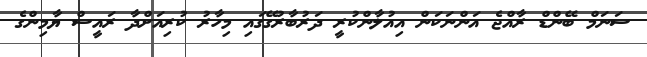
ސަނަމް ބޭންޑް ރާއްޖެ އަންނަކަން އިއުލާންކުރީ ދަރުބާރުގޭގައި މިހާރު ކުރިއަށްދާ ރައީސް ޔާމިންގެ